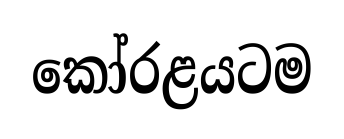
කෝරළයටම